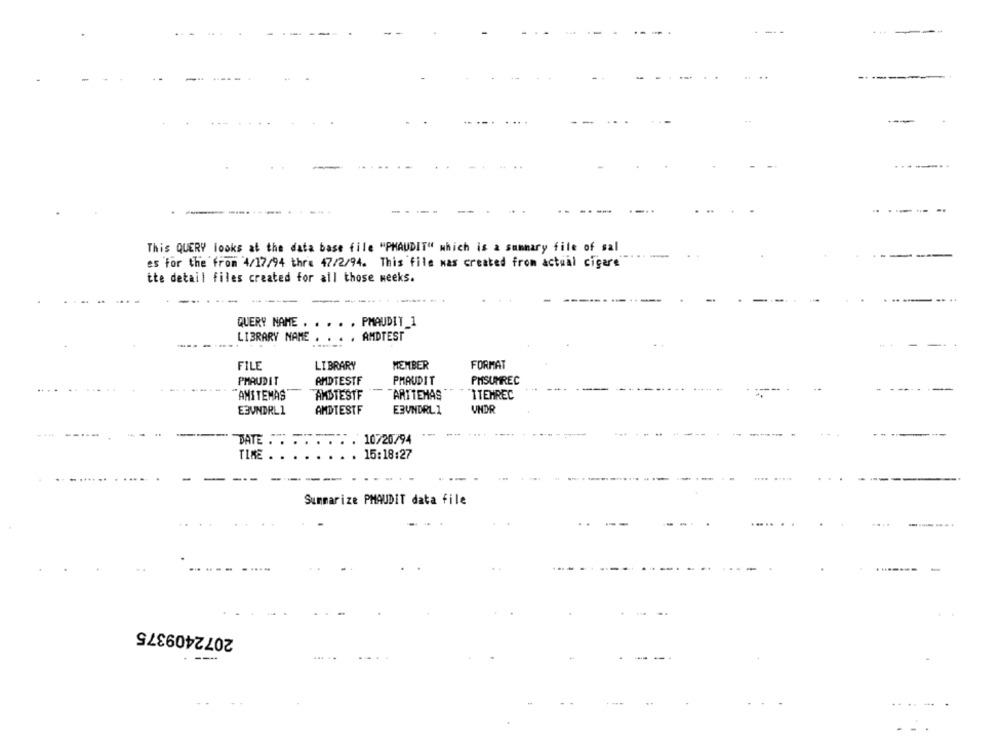
-
-----
-----.
This QUERY looks at the data base file "PHAUDIT" which is a summary file of sal
es for the from 4/17/94 thre 47/2/94. This file was created from actual cigare
tte detail files created for all those weeks.
QUERY NAME . . . . . PMAUDIT_1
LIBRARY NAME . . . . AMDTEST
----
FILE
LIBRARY
MEMBER
FORMAT
PMAUDIT
AMDTESTF
PMAUDIT
PMSUMREC
"AMITEMAS
AMBTESTF
ARTTEMAS
ITEMREC
UNDR
E3VNDRL1
AMDTESTF
E3UNDRLI
DATE : :
10/20/94
TIME
15:18:27
Summarize PMAUDIT data file
2072409375